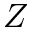
Z